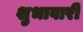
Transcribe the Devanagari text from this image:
शुभावारी